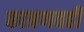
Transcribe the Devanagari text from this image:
कात्रणवही